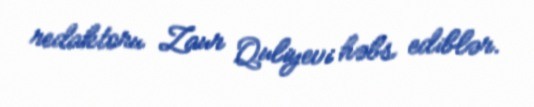
redaktoru Zaur Quliyevi həbs ediblər.